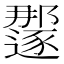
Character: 𫑏